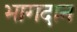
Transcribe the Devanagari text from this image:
भागदान